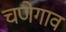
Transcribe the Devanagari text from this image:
चणेगाव